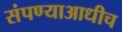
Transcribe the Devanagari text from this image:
संपण्याआधीच